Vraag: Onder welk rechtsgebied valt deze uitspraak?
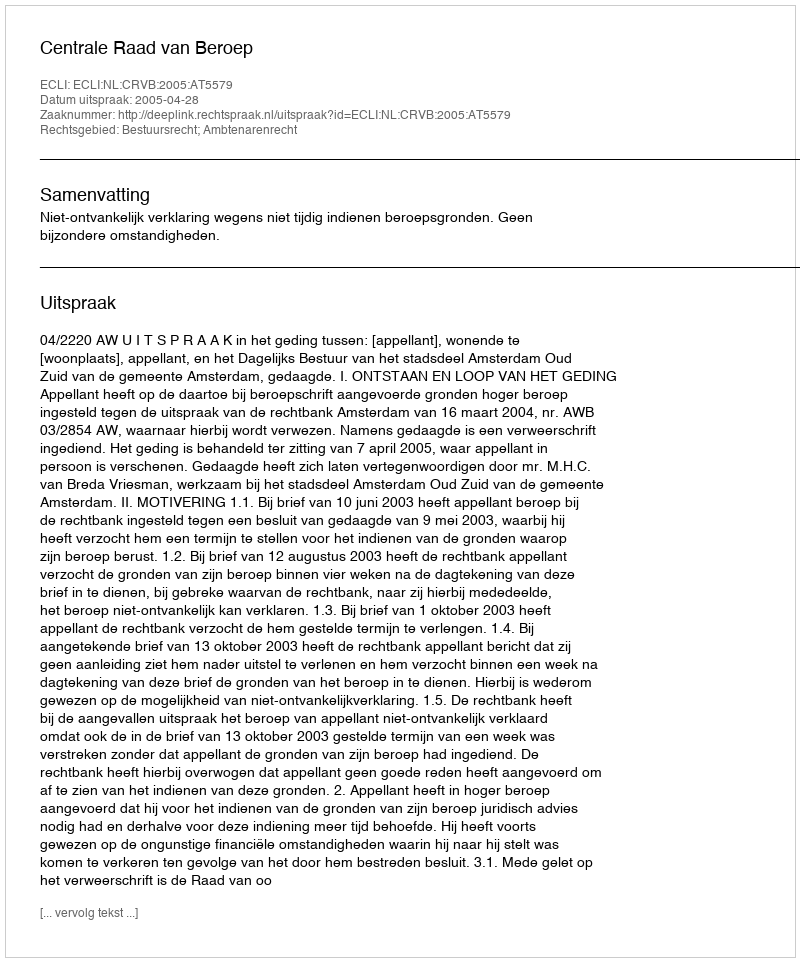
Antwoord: Bestuursrecht; Ambtenarenrecht